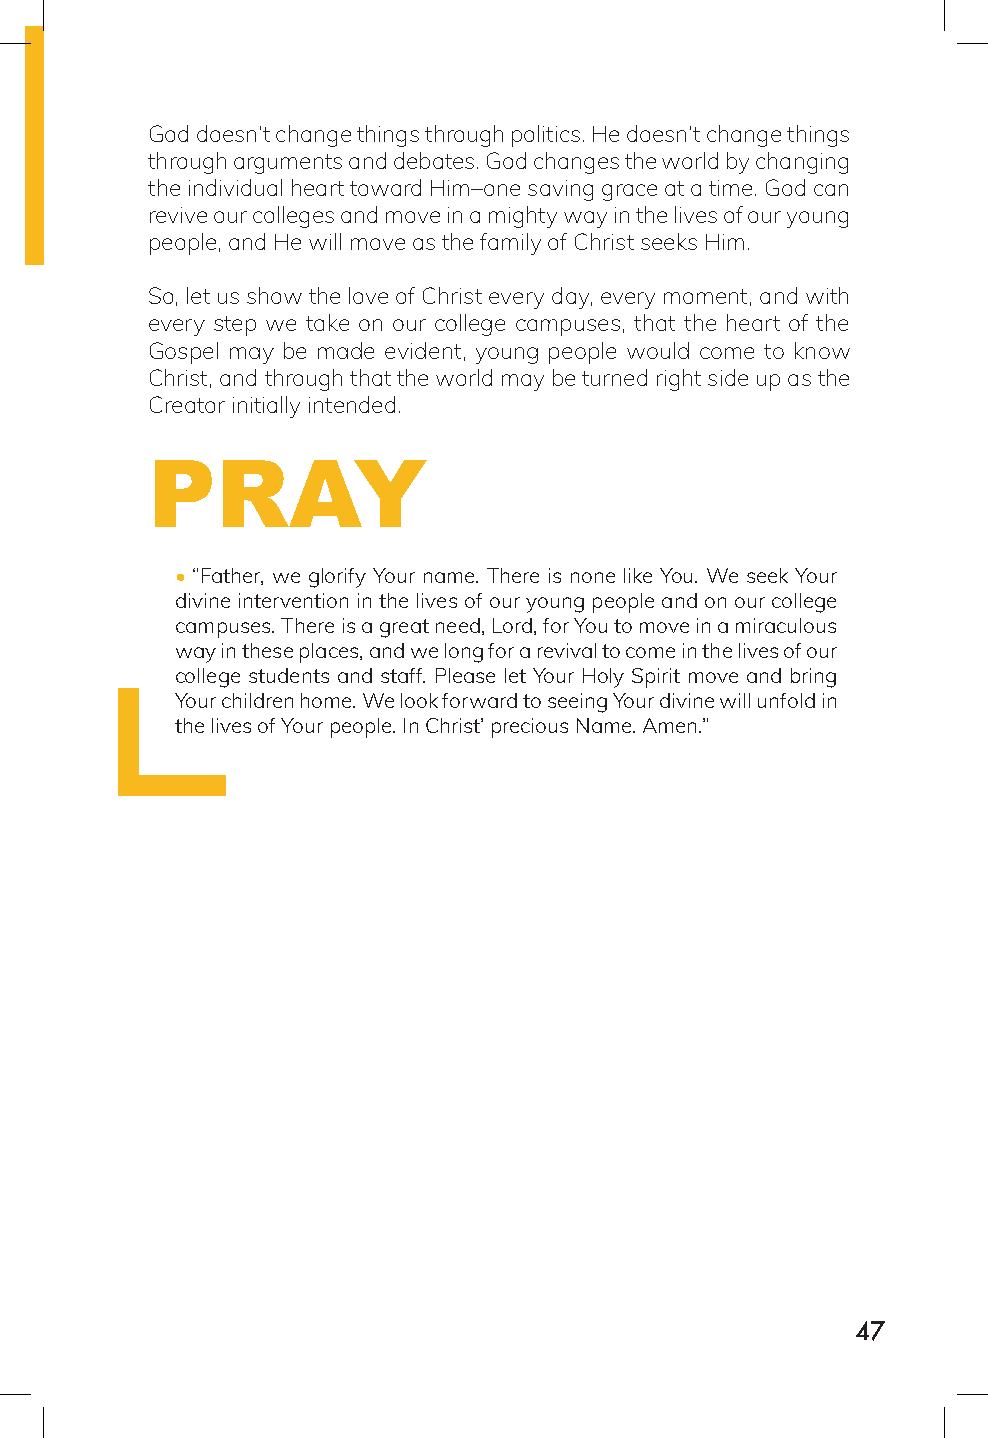
God doesn’t change things through politics. He doesn’t change things
 through arguments and debates. God changes the world by changing
 the individual heart toward Him–one saving grace at a time. God can
 revive our colleges and move in a mighty way in the lives of our young
 people, and He will move as the family of Christ seeks Him.
 So, let us show the love of Christ every day, every moment, and with
 every step we take on our college campuses, that the heart of the
 Gospel may be made evident, young people would come to know
 Christ, and through that the world may be turned right side up as the
 Creator initially intended.
 PRAY
 • “Father, we glorify Your name. There is none like You. We seek Your
 divine intervention in the lives of our young people and on our college
 campuses. There is a great need, Lord, for You to move in a miraculous
 way in these places, and we long for a revival to come in the lives of our
 college students and staff. Please let Your Holy Spirit move and bring
 Your children home. We look forward to seeing Your divine will unfold in
 the lives of Your people. In Christ’ precious Name. Amen.”
 47